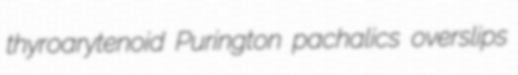
thyroarytenoid Purington pachalics overslips